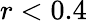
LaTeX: r<0.4